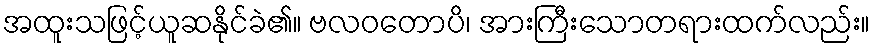
အထူးသဖြင့်ယူဆနိုင်ခဲ၏။ ဗလဝတောပိ၊ အားကြီးသောတရားထက်လည်း။